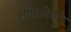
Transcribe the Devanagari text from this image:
सॉफ्तवेअरे